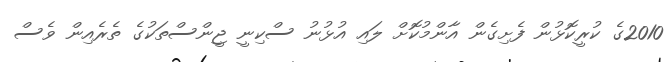
2010ގެ ކުރީކޮޅުން ފެށިގެން އާންމުކޮށް ލައި އުޅުނު ސްކިނީ ޖީންސްތަކުގެ ތެރެއިން ވެސް